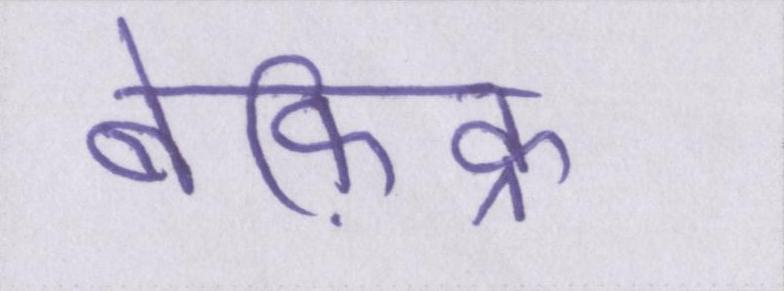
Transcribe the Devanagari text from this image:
बेफ़िक्र